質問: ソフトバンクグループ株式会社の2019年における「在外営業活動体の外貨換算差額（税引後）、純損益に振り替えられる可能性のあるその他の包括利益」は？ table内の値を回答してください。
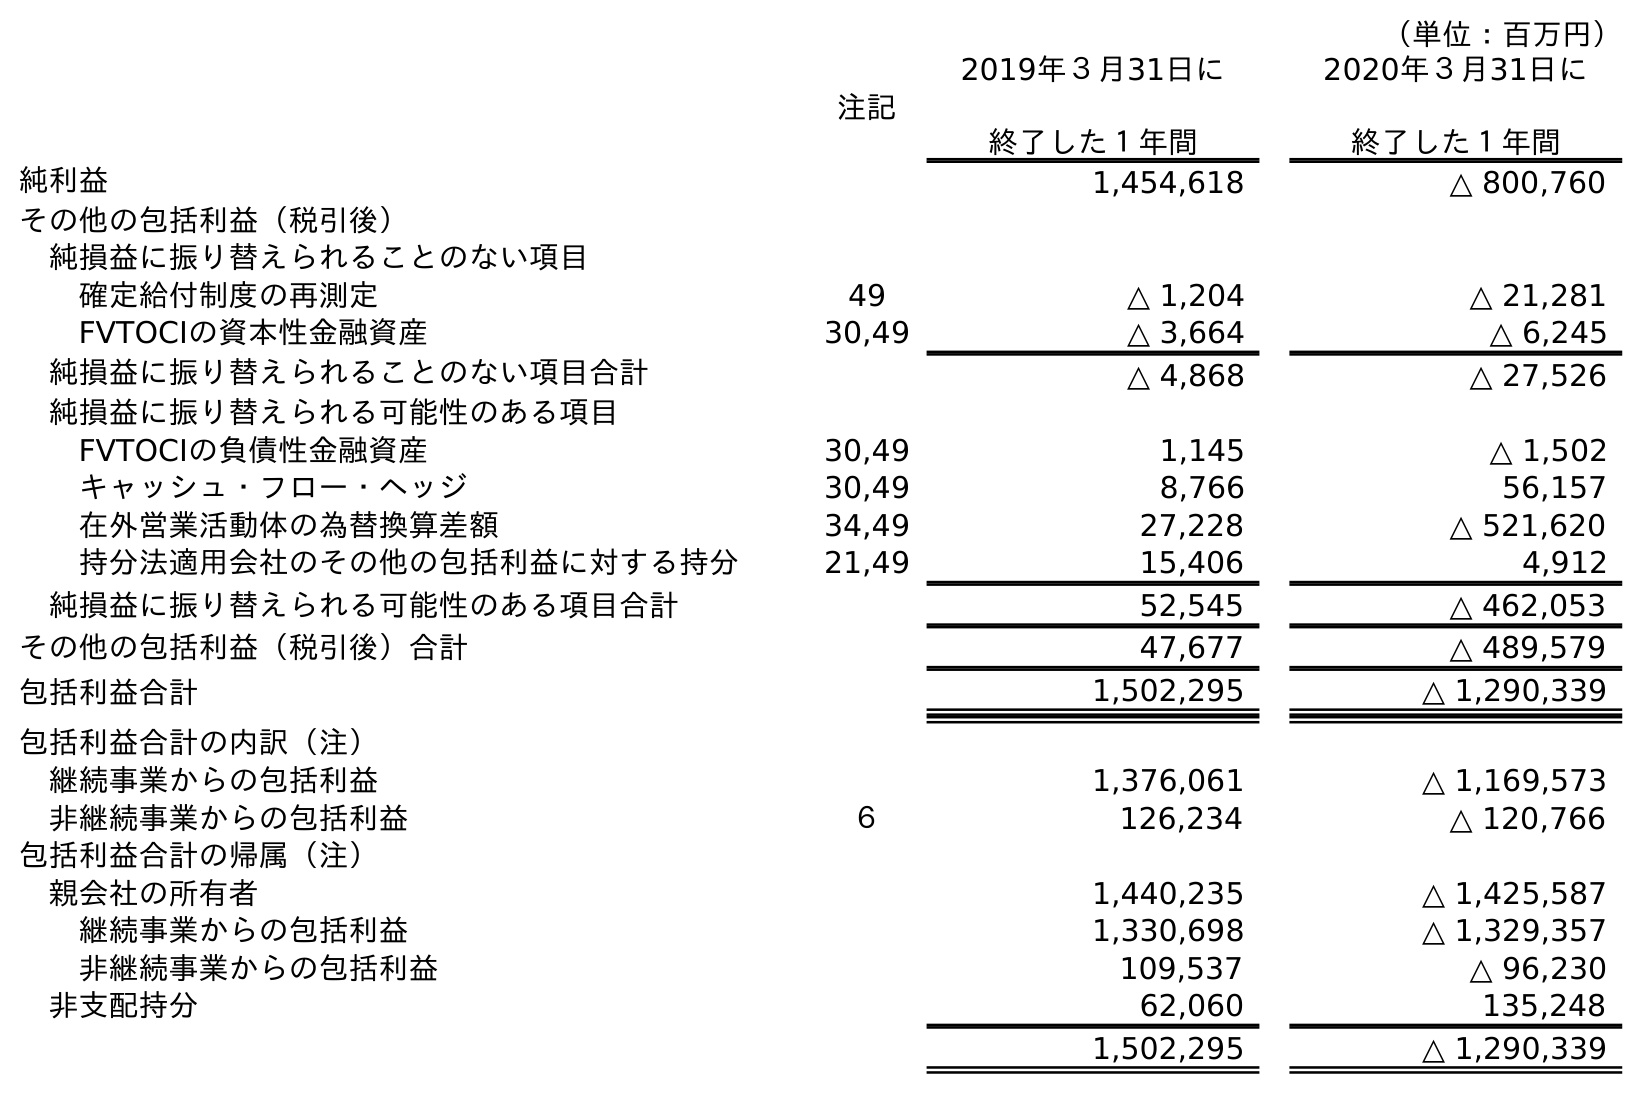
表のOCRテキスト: （単位：百万円） 注記 2019年３月31日に 終了した１年間 2020年３月31日に 終了した１年間 純利益 1,454,618 △ 800,760 その他の包括利益（税引後） 純損益に振り替えられることのない項目 確定給付制度の再測定 49 △ 1,204 △ 21,281 FVTOCIの資本性金融資産 30,49 △ 3,664 △ 6,245 純損益に振り替えられることのない項目合計 △ 4,868 △ 27,526 純損益に振り替えられる可能性のある項目 FVTOCIの負債性金融資産 30,49 1,145 △ 1,502 キャッシュ・フロー・ヘッジ 30,49 8,766 56,157 在外営業活動体の為替換算差額 34,49 27,228 △ 521,620 持分法適用会社のその他の包括利益に対する持分 21,49 15,406 4,912 純損益に振り替えられる可能性のある項目合計 52,545 △ 462,053 その他の包括利益（税引後）合計 47,677 △ 489,579 包括利益合計 1,502,295 △ 1,290,339 包括利益合計の内訳（注） 継続事業からの包括利益 1,376,061 △ 1,169,573 非継続事業からの包括利益 ６ 126,234 △ 120,766 包括利益合計の帰属（注） 親会社の所有者 1,440,235 △ 1,425,587 継続事業からの包括利益 1,330,698 △ 1,329,357 非継続事業からの包括利益 109,537 △ 96,230 非支配持分 62,060 135,248 1,502,295 △ 1,290,339
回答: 27,228